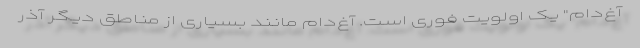
آغ‌دام" یک اولویت فوری است. آغ‌دام مانند بسیاری از مناطق دیگر آذر